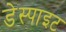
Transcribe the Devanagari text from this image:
डेस्पाइट